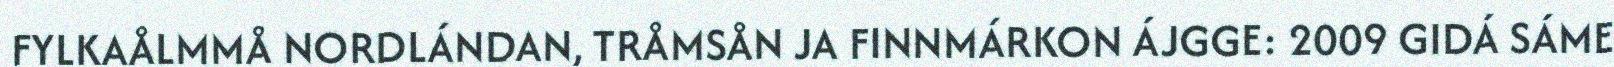
FYLKAÅLMMÅ NORDLÁNDAN, TRÅMSÅN JA FINNMÁRKON ÁJGGE: 2009 GIDÁ SÁME